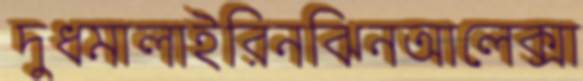
দুধমালাইরিনঝিনআলেক্সা